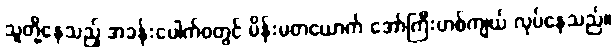
သူတို့နေသည့် အခန်းပေါက်ဝတွင် မိန်းမတယောက် အော်ကြီးဟစ်ကျယ် လုပ်နေသည်။